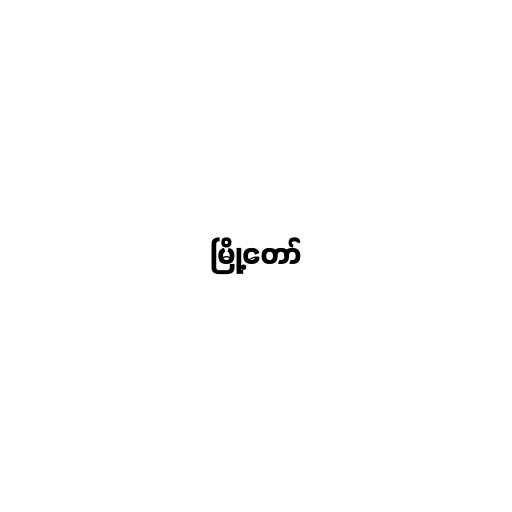
မြို့တော်